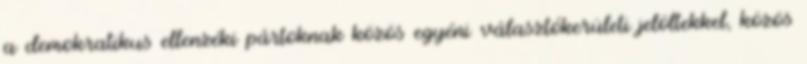
a demokratikus ellenzéki pártoknak közös egyéni választókerületi jelöltekkel, közös